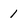
Character: 1